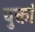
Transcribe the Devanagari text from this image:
युक्तां